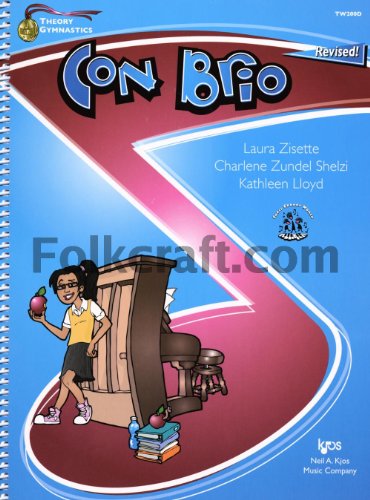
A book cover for TW200D - Theory Gymnastics - Con Brio Level D Revised; Laura Zisette; Sports & Outdoors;